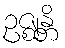
ဥဇ္ဈန္တိ